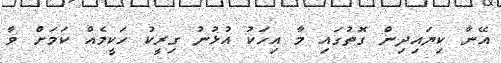
އޭނާ ކިޔައިދިން ގޮތުގައި މާ އިހަކު އުޅުނު ގިރީކު ހަކީމެއް ކަމަށް ވާ